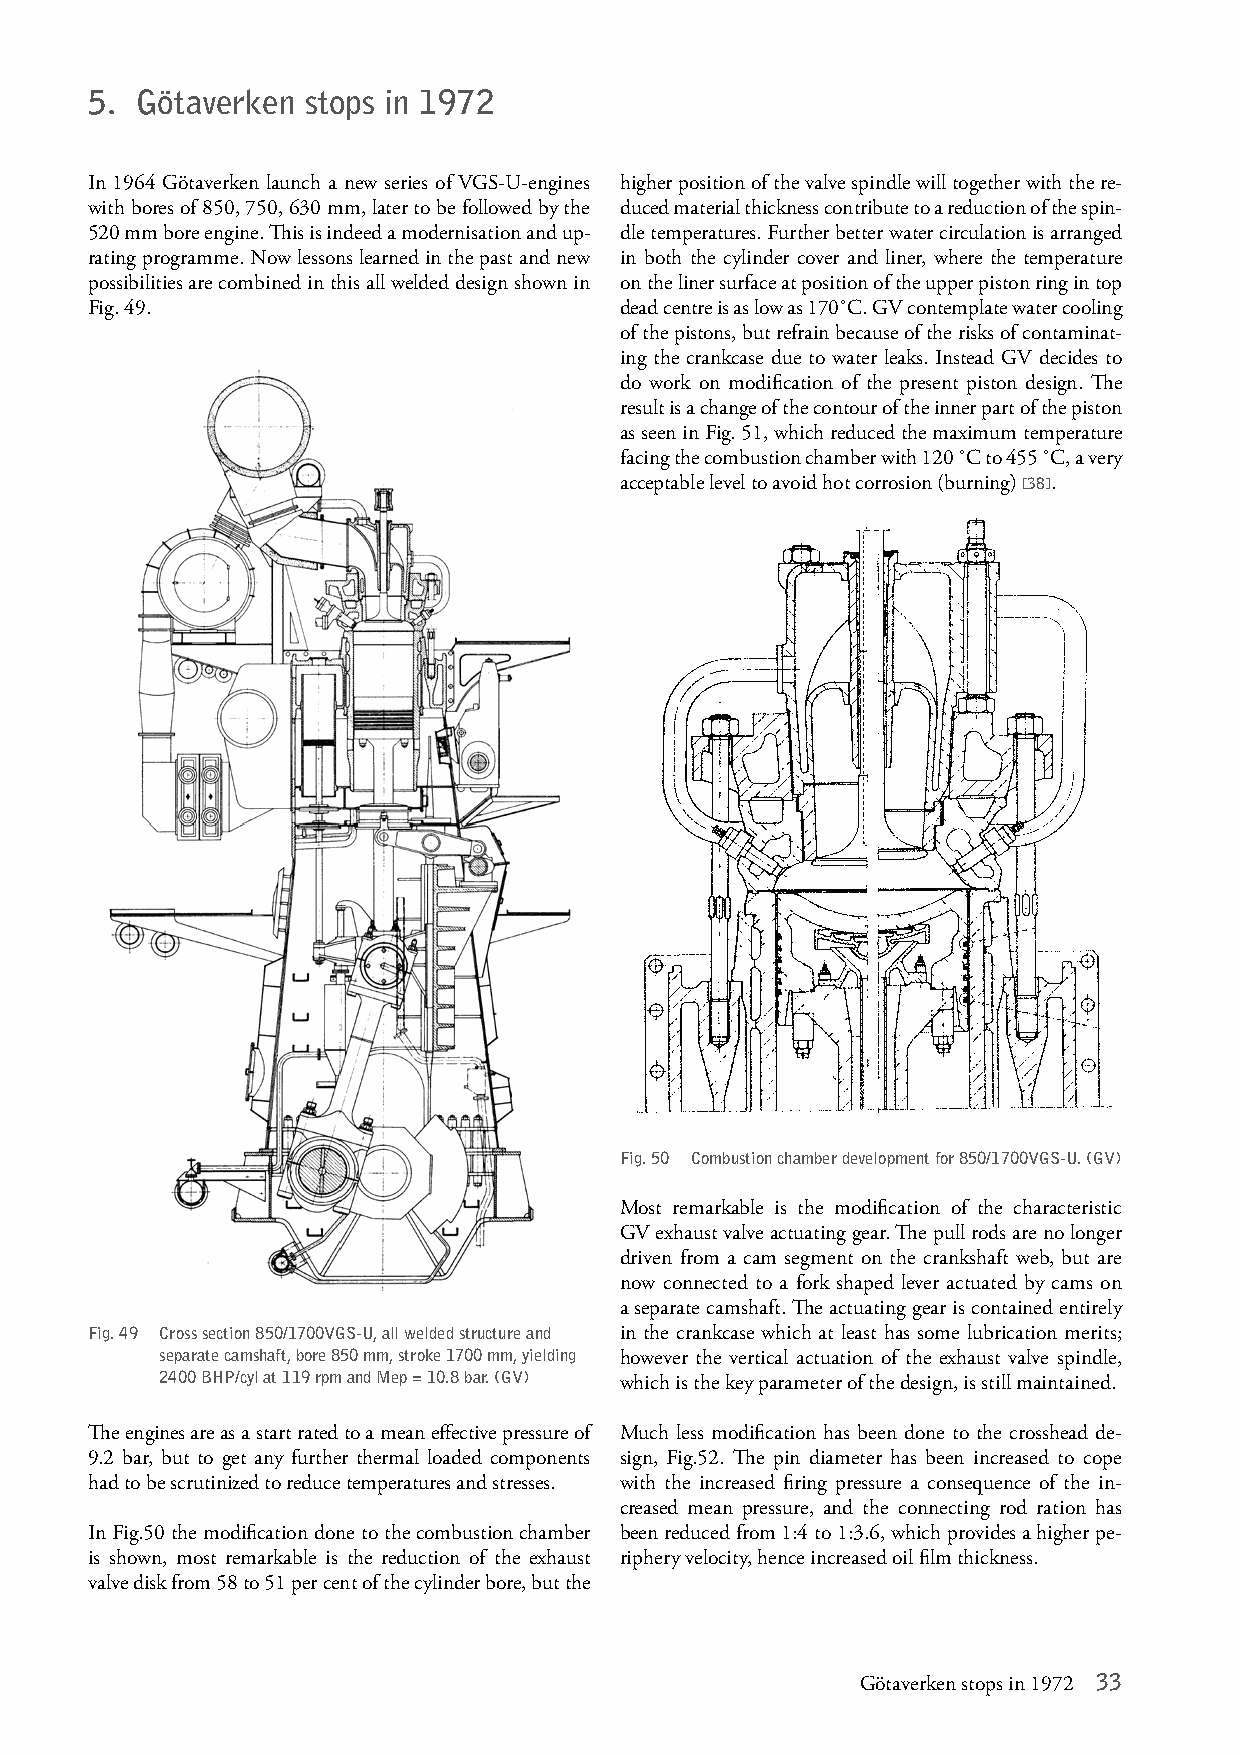
5. Götaverken stops in 1972
 In 1964 Götaverken launch a new series of VGS-U-engines higher position of the valve spindle will together with the re-
 with bores of 850, 750, 630 mm, later to be followed by the duced material thickness contribute to a reduction of the spin-
 520 mm bore engine. This is indeed a modernisation and up- dle temperatures. Further better water circulation is arranged
 rating programme. Now lessons learned in the past and new in both the cylinder cover and liner, where the temperature
 possibilities are combined in this all welded design shown in on the liner surface at position of the upper piston ring in top
 Fig. 49.                           dead centre is as low as 170˚C. GV contemplate water cooling
 of the pistons, but refrain because of the risks of contaminat-
 ing the crankcase due to water leaks. Instead GV decides to
 do work on modification of the present piston design. The
 result is a change of the contour of the inner part of the piston
 as seen in Fig. 51, which reduced the maximum temperature
 facing the combustion chamber with 120 ˚C to 455 ˚C, a very
 acceptable level to avoid hot corrosion (burning) [38].
 Fig. 50 Combustion chamber development for 850/1700VGS-U. (GV)
 Most remarkable is the modification of the characteristic
 GV exhaust valve actuating gear. The pull rods are no longer
 driven from a cam segment on the crankshaft web, but are
 now connected to a fork shaped lever actuated by cams on
 a separate camshaft. The actuating gear is contained entirely
 Fig. 49 Cross section 850/1700VGS-U, all welded structure and in the crankcase which at least has some lubrication merits;
 separate camshaft, bore 850 mm, stroke 1700 mm, yielding however the vertical actuation of the exhaust valve spindle,
 2400 BHP/cyl at 119 rpm and Mep = 10.8 bar. (GV) which is the key parameter of the design, is still maintained.
 The engines are as a start rated to a mean effective pressure of Much less modification has been done to the crosshead de-
 9.2 bar, but to get any further thermal loaded components sign, Fig.52. The pin diameter has been increased to cope
 had to be scrutinized to reduce temperatures and stresses. with the increased firing pressure a consequence of the in-
 creased mean pressure, and the connecting rod ration has
 In Fig.50 the modification done to the combustion chamber been reduced from 1:4 to 1:3.6, which provides a higher pe-
 is shown, most remarkable is the reduction of the exhaust riphery velocity, hence increased oil film thickness.
 valve disk from 58 to 51 per cent of the cylinder bore, but the
 Götaverken stops in 1972 33